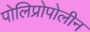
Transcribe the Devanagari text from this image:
पोलिप्रोपोलीन